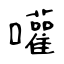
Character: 嚾